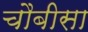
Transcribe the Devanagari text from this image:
चौबीसा